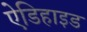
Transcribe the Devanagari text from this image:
ऐडिहाइड